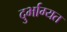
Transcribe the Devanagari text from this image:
दुर्भाग्यत